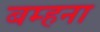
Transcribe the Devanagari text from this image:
बम्‍हना